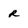
Character: R